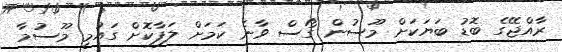
ރާއްޖޭގެ ބޮޑު ބަޔަކަށް މޫސުން ގޯސް ވާނެ ކަމަށް ލަފާކޮށް ގައުމީ މޫސުމާ